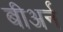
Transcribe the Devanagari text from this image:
बीअर्न